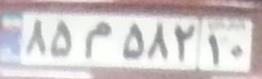
۸۵م۵۸۲۱۰